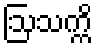
ဩသက္ကိ